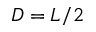
D = L / 2